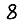
Digit: 8